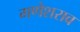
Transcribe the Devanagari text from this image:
गणेशराव